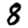
Digit: 8